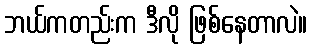
ဘယ်ကတည်းက ဒီလို ဖြစ်နေတာလဲ။